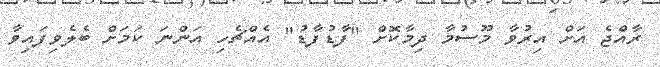
ރާއްޖެ އަށް އިރުވާ މޫސުމާ ދިމާކޮށް "ފާޑުފާޑު" އެއްޗެހި އަންނަ ކަމަށް ބެލެވިފައިވާ